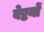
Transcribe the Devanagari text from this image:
वेष्टनों